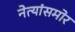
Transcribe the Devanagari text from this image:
नेत्यांसमोर